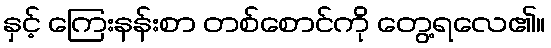
နှင့် ကြေးနန်းစာ တစ်စောင်ကို တွေ့ရလေ၏။